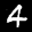
Label: 4